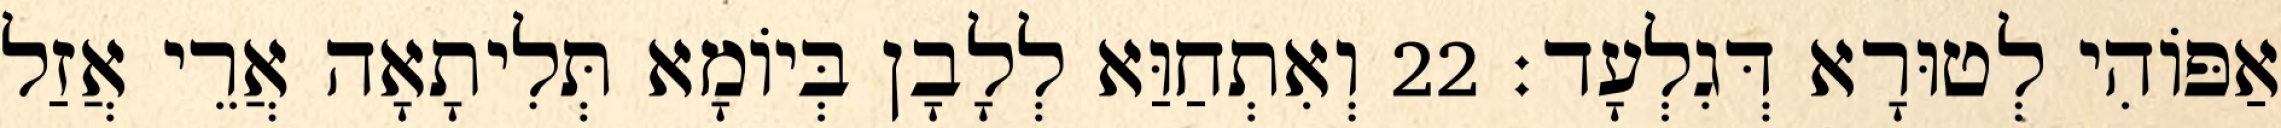
אַפּוֹהִי לְטוּרָא דְּגִלְעָד׃ 22 וְאִתְחַוַּא לְלָבָן בְּיוֹמָא תְּלִיתָאָה אֲרֵי אֲזַל